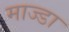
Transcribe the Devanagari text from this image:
माज्डा